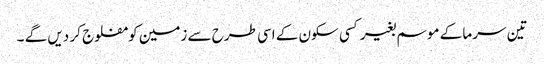
تین سرما کے موسم بغیر کسی سکون کے اسی طرح سے زمین کو مفلوج کر دیں گے ۔